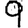
Digit: 9